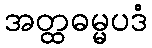
အတ္ထဓမ္မပဒံ